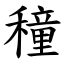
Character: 穜